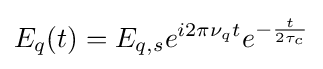
E_{q}(t)=E_{q,s}e^{i2\pi \nu _{q}t}e^{-{\frac {t}{2\tau _{c}}}}